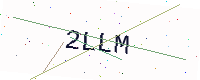
Text: 2LLM